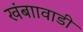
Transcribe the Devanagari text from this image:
खंबाावाडी